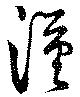
漢